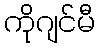
ကိုဂျင်မီ